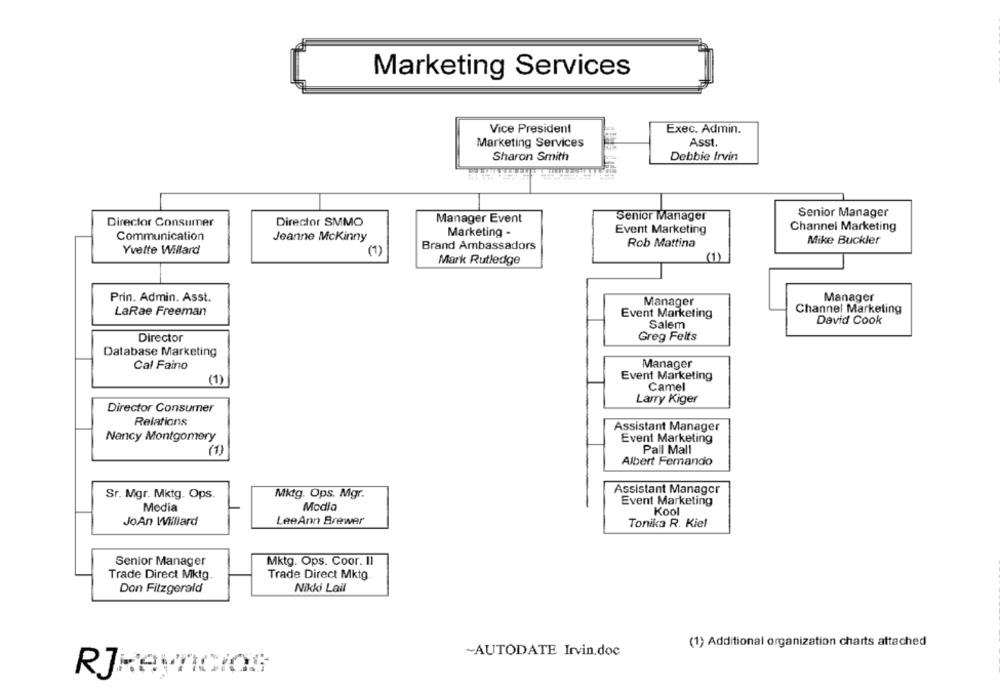
Marketing Services
Vice President
Exec. Admin.
Marketing Services
Asst.
Sharon Smith
Debbie Irvin
Senior Manager
Director SMMO
Manager Event
Senior Manager
Director Consumer
Event Marketing
Channel Marketing
Marketing -
Communication
Jeanne Mckinny
Mike Buckler
Brand Ambassadors
Rob Mattina
Yvette Willard
(1)
Mark Rutledge
Prin. Admin. Asst.
Manager
Manager
LaRae Freeman
Channel Marketing
Event Marketing
Salem
David Cook
Director
Greg Feits
Database Marketing
Cal Faino
Manager
(1)
Event Marketing
Camel
Larry Kiger
Director Consumer
Relations
Assistant Manager
Nancy Montgomery
Event Marketing
Pall Mall
(1)
Albert Femando
Assistant Manager
Sr. Mgr. Mktg. Ops.
Mktg. Ops. Mgr.
Event Marketing
Media
Modia
Kool
JoAn Williard
LeeAnn Brewer
Tonika R. Kiel
Mktg. Ops. Coor. Il
Senior Manager
Trade Direct Mktg.
Trade Direct Mktg
Nikki Lail
Don Fitzgerald
(1) Additional organization charts attached
~AUTODATE Irvin.doc
RJReynIcios